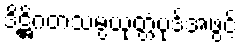
ဒိဋ္ဌိဂတသမ္ပယုတ္တံပုဒ်အဖွင့်